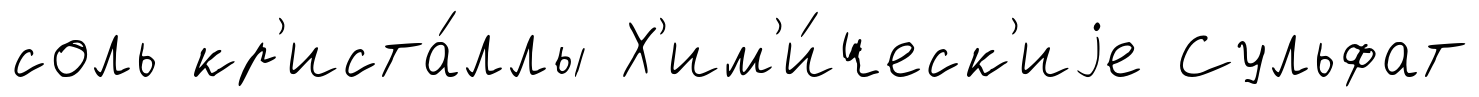
соль кр'иста́ллы Х'им'и́ческ'иjе Сульфат